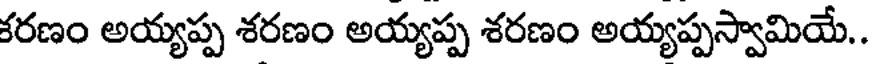
కరణం అయ్యప్ప శరణం అయ్యప్ప శరణం అయ్యప్పస్వామియే..